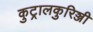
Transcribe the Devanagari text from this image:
कुट्रालकुरिञ्जी